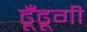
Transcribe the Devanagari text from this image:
ढूँढूगी